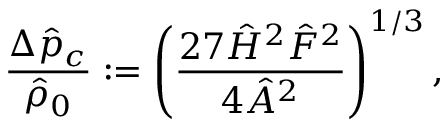
\frac { \Delta \hat { p } _ { c } } { \hat { \rho } _ { 0 } } : = \left( \frac { 2 7 \hat { H } ^ { 2 } \hat { F } ^ { 2 } } { 4 \hat { A } ^ { 2 } } \right) ^ { 1 / 3 } ,